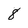
Character: 8